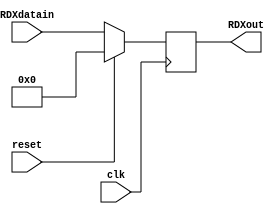
module rdX (
    input wire clk,           // Seal de reloj
    input wire reset,         // Seal de reinicio
    input wire [4:0] RDXdatain, // Entrada de datos
    output reg [4:0] RDXout
);

always @(negedge clk) begin
    if (reset == 1) begin
        RDXout <= 4'b0000;
    end
    else begin
        RDXout <= RDXdatain;
    end
end

endmodule